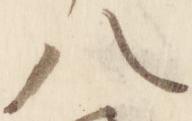
八